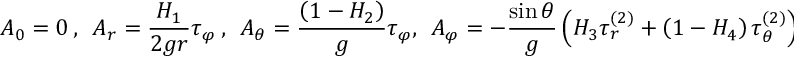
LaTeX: A _ { 0 } = 0 \ , \ \ A _ { r } = \frac { H _ { 1 } } { 2 g r } \tau _ { \varphi } \ , \ \ A _ { \theta } = \frac { \left( 1 - H _ { 2 } \right) } { g } \tau _ { \varphi } , \ \ A _ { \varphi } = - \frac { \sin \theta } { g } \left( H _ { 3 } \tau _ { r } ^ { ( 2 ) } + \left( 1 - H _ { 4 } \right) \tau _ { \theta } ^ { ( 2 ) } \right) \ \ ,